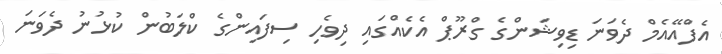
އެފްއޭއެމް ދެވަނަ ޑިވިޝަންގެ ގްރޫޕް އެކެއްގައި ދިވެހި ސިފައިންގެ ކްލަބުން ކުޅުނު ދެވަނަ